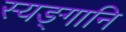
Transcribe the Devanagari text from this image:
स्यङ्गानि